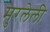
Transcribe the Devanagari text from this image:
मुरलेली